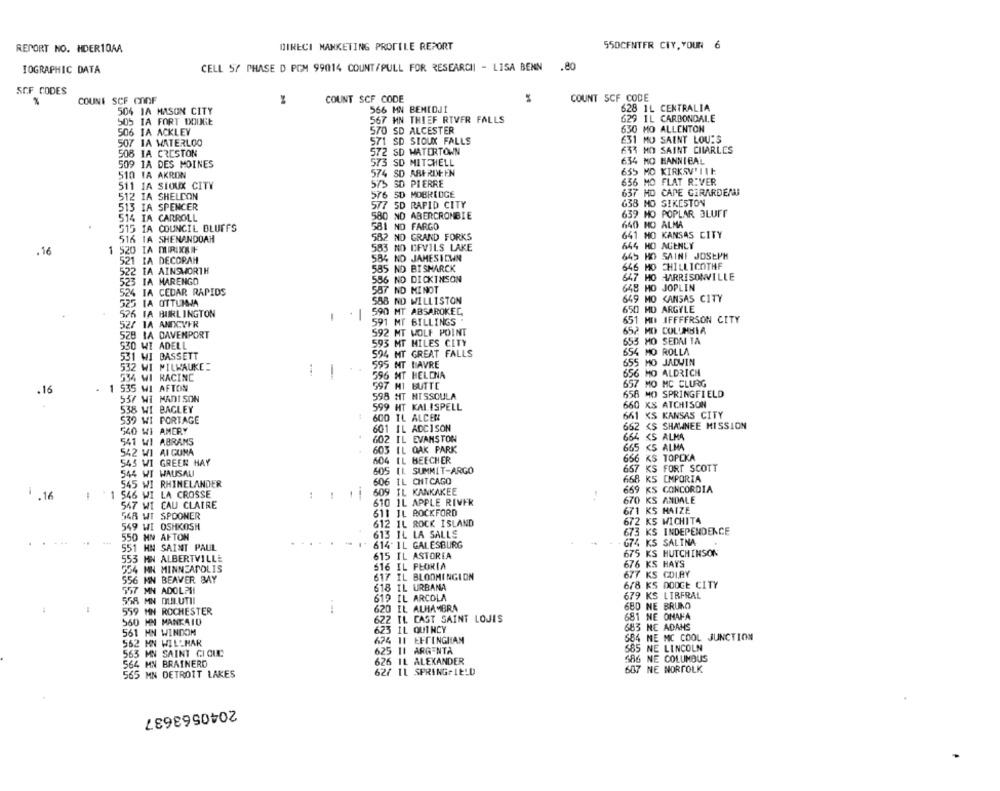
REPORT NO. HDER10AA
DIRECI MANKETING PROFILE REPORT
550CENTFR CIY, YOUR
IOGRAPHIC DATA
CELL SY PHASE D POM 99014 COUNT/PULL FOR RESEARCH - LISA BENN
.80
SCF CODES
%
COUNT SCF COOF
COUNT SCF CODE
COUNT SCF CODE
506 1A MASON CITY
566 MN BEMIDJI
628 1L CENTRALIA
567 MN THIEF RIVER FALLS
629 IL CARBONDALE
505 IA FORT DODGE
630 MO ALLENTON
506 TA ACKLEY
570 SD ALCESTER
507 1A WATERLOO
571 SD SIOUX FALLS
631 MO SAINT LOUIS
572 SD WATERTOWN
633 HO SAINT CHARLES
508 1A CRESTON
509 1A DES MOINES
573 SD MITCHELL
634 MO HANNIBAL
510 1A AKRON
574 SD ABERDEEN
655 MD
KIRKSV' ILE
575 SD PIERRE
656 MO FLAT RIVER
511 IA SIOUX CITY
637 HO CAPE GIRARDEND
512 IA SHELCON
576 50 MOBRIDGE
577 5D RAPID CITY
638 MO SIKESTON
513 IA SPENCER
580 ND ABERCROMBIE
639 HO POPLAR BLUFF
514 IA CARROLL
515 IA COUNCIL BLUFFS
581 NO FARGO
640 HO ALMA
516 TA SHENANDOAH
582 ND GRAND FORKS
641 HO KANSAS CITY
644 HO AGENCY
.16
1 520 IA MRIKAF
583 NO DEVILS LAKE
521 IA DECORAH
584 ND JAMESICAN
645 HO SAINT JOSEPH
585
ND BISMARCK
646 MO CHILLICOTHE
522 IA AINSWORTH
556
647 MO HARRISONVILLE
523 IA MARENGO
NO DICKINSON
524 IA CEDAR RAPIDS
587
ND MINOT
648 HO JOPLIN
586 ND WILLISTON
649 MO KANSAS CITY
525 IA OTTUMWA
650 MO ARGYLE
526 IA BURLINGTON
-
-1
590 MT ABSAROKEC
52/ 1A ANDCVFR
591 MT BILLINGS .
651 MI IFFFFRSON CITY
592 MT WOLF POINT
652 MD COLUMBIA
528 1A CAVEMPORT
655 MO SEDMI TA
530 WI ADELL
593 MT MILES CITY
531 WI BASSETT
594 MT GREAT FALLS
654
MO ROLLA
595 NT HAVRE
655
MO JADUIN
532 WI MILWAUKE:
1
-
656
HO ALDRICH
WI RACING
596 NT HELENA
- 1 535 WI AFTON
597 MI BUTTE
657
MO MC CLURG
.16
656 MO SPRINGFIELD
537 WI MADISON
598 MT MISSOULA
660
XS ATCHISON
538 WI BAGLEY
599 HT KALISPELL
539 WI PORTAGE
600 IL ALCER
661
KS KANSAS CITY
601 IL ADCISON
662 <S SHAWNEE MISSION
540 WI AMERY
541 WI ABRAMS
602 IL EVANSTON
<S ALMA
603 IL OAK PARK
665
<5 ALMA
542 WI AI GUMA
604 IL BEECHER
666 KS TOPEKA
543 WI GREEN HAY
657
KS FORT SCOTT
544 WI WAUSAU
605 11. SUMMIT-ARGO
606 1L CHICAGO
668 KS
EMPORIA
545 WI RHINELANDER
609 IL KANKAKEE
669 KS
CONCORDIA
1.16
1
1 546 WI LA CROSSE
670 KS
ANDALE
547 WI EAU CLAIRE
610 IL APPLE RIVER
611 IL ROCKFORD
671 KS
HAIZE
548 WI SPOONER
612 IL ROCK ISLAND
672 KS WICHITA
549 WI OSHKOSH
INDEPENDENCE
550
MN AFTON
613 IL LA SALLE
673 KS
.
614- 1L GALESBURG
674 KS
SALINA
551 HN SAINT PAUL
615 IL ASTOREA
675 KS HUTCHINSON
553 MN ALBERTVILLE
HAYS
554 MN MINNEAPOLIS
516 IL PEORIA
676 KS
617 IL BLOOMINGION
677 KS
COLAY
556 NN BEAVER BAY
618 IL URBANA
678 KS DODGE CITY
557 MN ADOLPH
679 KS LTRFRAL
558 MN DLILUTIL
619 IL ARCOLA
620 IL ALHAMBRA
680 NE BRUNO
559 MN ROCHESTER
622 IL CAST SAINT LOUIS
681 NE OMAHA
560 MM MANKAIU
683 NE ADANS
561 MN WINDOM
623 IL QUINCY
562 MN WILLMAR
674 11 EFFINGHAM
684 ME MC COOL JUNCTION
625 11 ARGENTA
665 NE LINCOLN
563 MN SAINT GIQUE
586 NE COLUMBUS
564 MN BRAINERD
626 IL ALEXANDER
62/ 11 SPRINGFIELD
607 NE NORFOLK
565 MN DETROIT LAKES
2040563637